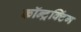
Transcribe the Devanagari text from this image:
कॉन्ट्रक्टिंग